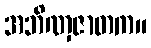
အဘိဏှဇာတက။